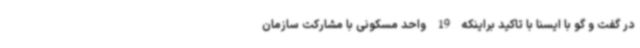
در گفت ‌و گو با ایسنا با تاکید براینکه 19 واحد مسکونی با مشارکت سازمان